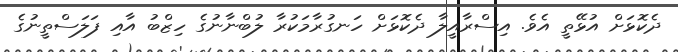
ދެކޮޅަށް އުޅޭތީ އެވެ. އިސްރާއީލާ ދެކޮޅަށް ހަނގުރާމަކުރާ ލުބްނާނުގެ ހިޒްބު އާއި ފަލަސްތީނުގެ